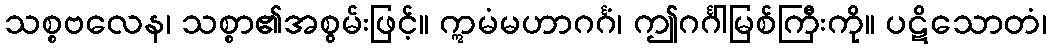
သစ္စဗလေန၊ သစ္စာ၏အစွမ်းဖြင့်။ ဣမံမဟာဂင်္ဂံ၊ ဤဂင်္ဂါမြစ်ကြီးကို။ ပဋိသောတံ၊